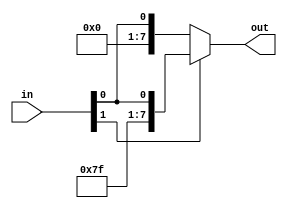
`timescale 1ns / 1ps
//////////////////////////////////////////////////////////////////////////////////
// Extend the data (2->8)
//////////////////////////////////////////////////////////////////////////////////
module sign_extender(
    input [1:0] in,
    output [7:0] out
    );
	 
	assign out = (in[1] ? {6'b111111, in[1:0]} : {6'b000000, in[1:0]});
	
endmodule